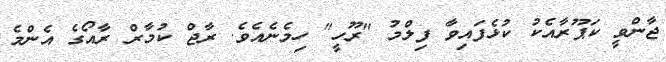
ޖާންވީ ކަޕޫރާއެކު ކުޅެފައިވާ ފިލްމު "ރޫހީ" ހިމެނެއެވެ. ރާޖް ކުމާރް ރާއޯގެ އެންމެ